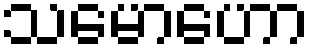
သမောဟော